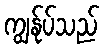
ကျွန်ုပ်သည်